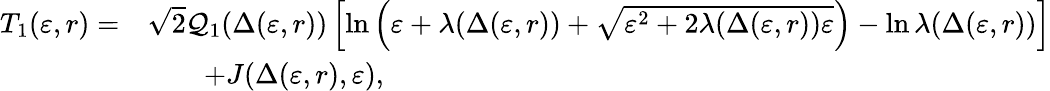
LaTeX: \begin{array}{rl}{T_{1}(\varepsilon,r)=}&{\sqrt 2\mathcal{Q}_{1}(\Delta(\varepsilon,r))\left[\ln\left(\varepsilon+\lambda(\Delta(\varepsilon,r))+\sqrt{\varepsilon^{2}+2\lambda(\Delta(\varepsilon,r))\varepsilon}\right)-\ln\lambda(\Delta(\varepsilon,r))\right]}\\ &{\qquad+J(\Delta(\varepsilon,r),\varepsilon),}\end{array}